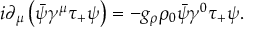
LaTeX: i \partial _ { \mu } \left( \bar { \psi } \gamma ^ { \mu } \tau _ { + } \psi \right) = - g _ { \rho } \rho _ { 0 } \bar { \psi } \gamma ^ { 0 } \tau _ { + } \psi .